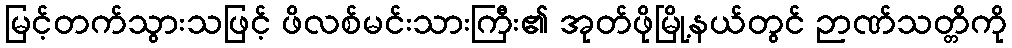
မြင့်တက်သွားသဖြင့် ဖိလစ်မင်းသားကြီး၏ အုတ်ဖိုမြို့နယ်တွင် ဉာဏ်သတ္တိကို